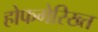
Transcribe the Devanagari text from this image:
होफगेरिख्त